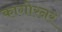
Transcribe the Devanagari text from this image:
कागोरनर